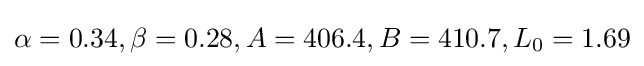
\alpha =0.34,\beta =0.28,A=406.4,B=410.7,L_{0}=1.69